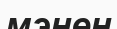
мэнен